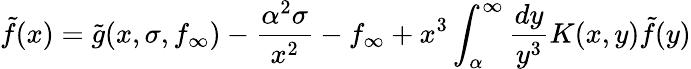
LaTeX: \tilde{f}(x)=\tilde{g}(x,\sigma,f_{\infty})-\frac{\alpha^{2}\sigma}{x^{2}}-f_{\infty}+x^{3}\int_{\alpha}^{\infty}\frac{dy}{y^{3}}K(x,y)\tilde{f}(y)